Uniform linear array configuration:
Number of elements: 12
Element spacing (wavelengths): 1
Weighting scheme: cosine
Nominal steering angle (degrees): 60
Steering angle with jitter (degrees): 58.255
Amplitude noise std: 0.05
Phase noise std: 0.05

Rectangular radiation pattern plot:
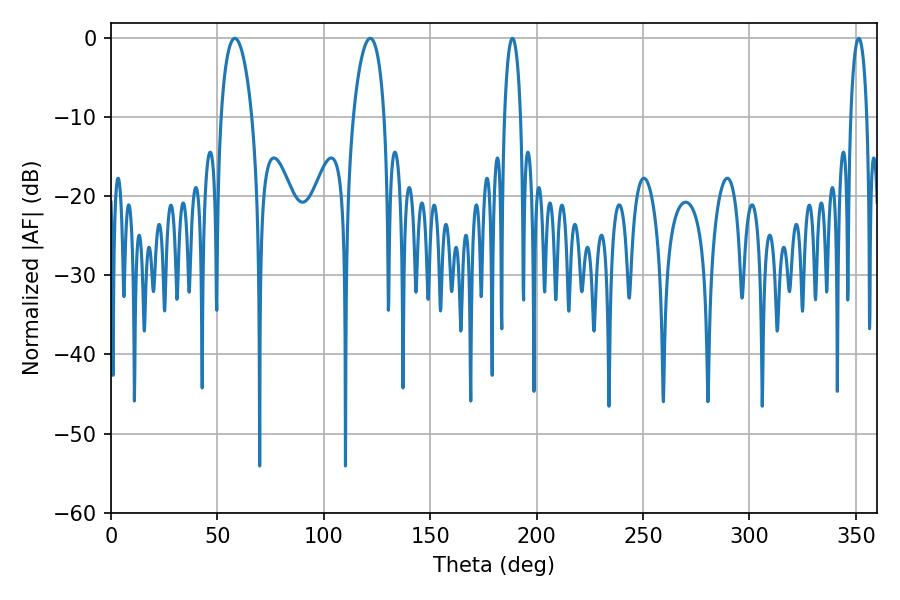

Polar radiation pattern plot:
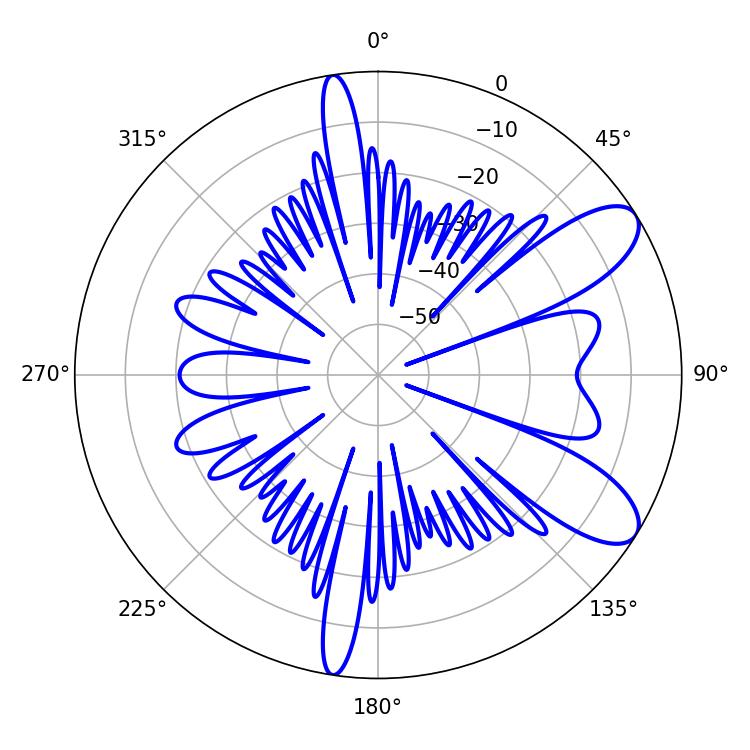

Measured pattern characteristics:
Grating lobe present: TRUE
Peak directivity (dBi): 9.17
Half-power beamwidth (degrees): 4.32
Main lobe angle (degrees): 188.64